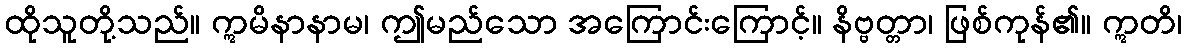
ထိုသူတို့သည်။ ဣမိနာနာမ၊ ဤမည်သော အကြောင်းကြောင့်။ နိဗ္ဗတ္တာ၊ ဖြစ်ကုန်၏။ ဣတိ၊